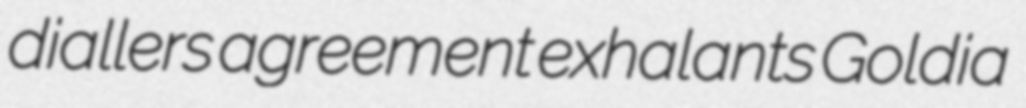
diallers agreement exhalants Goldia